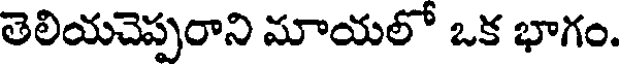
తెలియచెప్పరాని మాయలో ఒక భాగం.